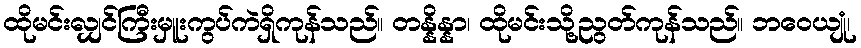
ထိုမင်းလျှင်ကြီးမှူးကွပ်ကဲရှိကုန်သည်။ တန္နိန္နာ၊ ထိုမင်းသို့ညွတ်ကုန်သည်။ ဘဝေယျုံ၊